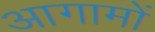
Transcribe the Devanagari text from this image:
आगामों